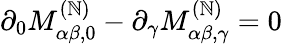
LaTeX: \partial_{0}M_{\alpha\beta,0}^{(\mathbb{N})}-\partial_{\gamma}M_{\alpha\beta,\gamma}^{(\mathbb{N})}=0